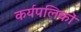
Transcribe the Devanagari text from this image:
कर्यपलिकों